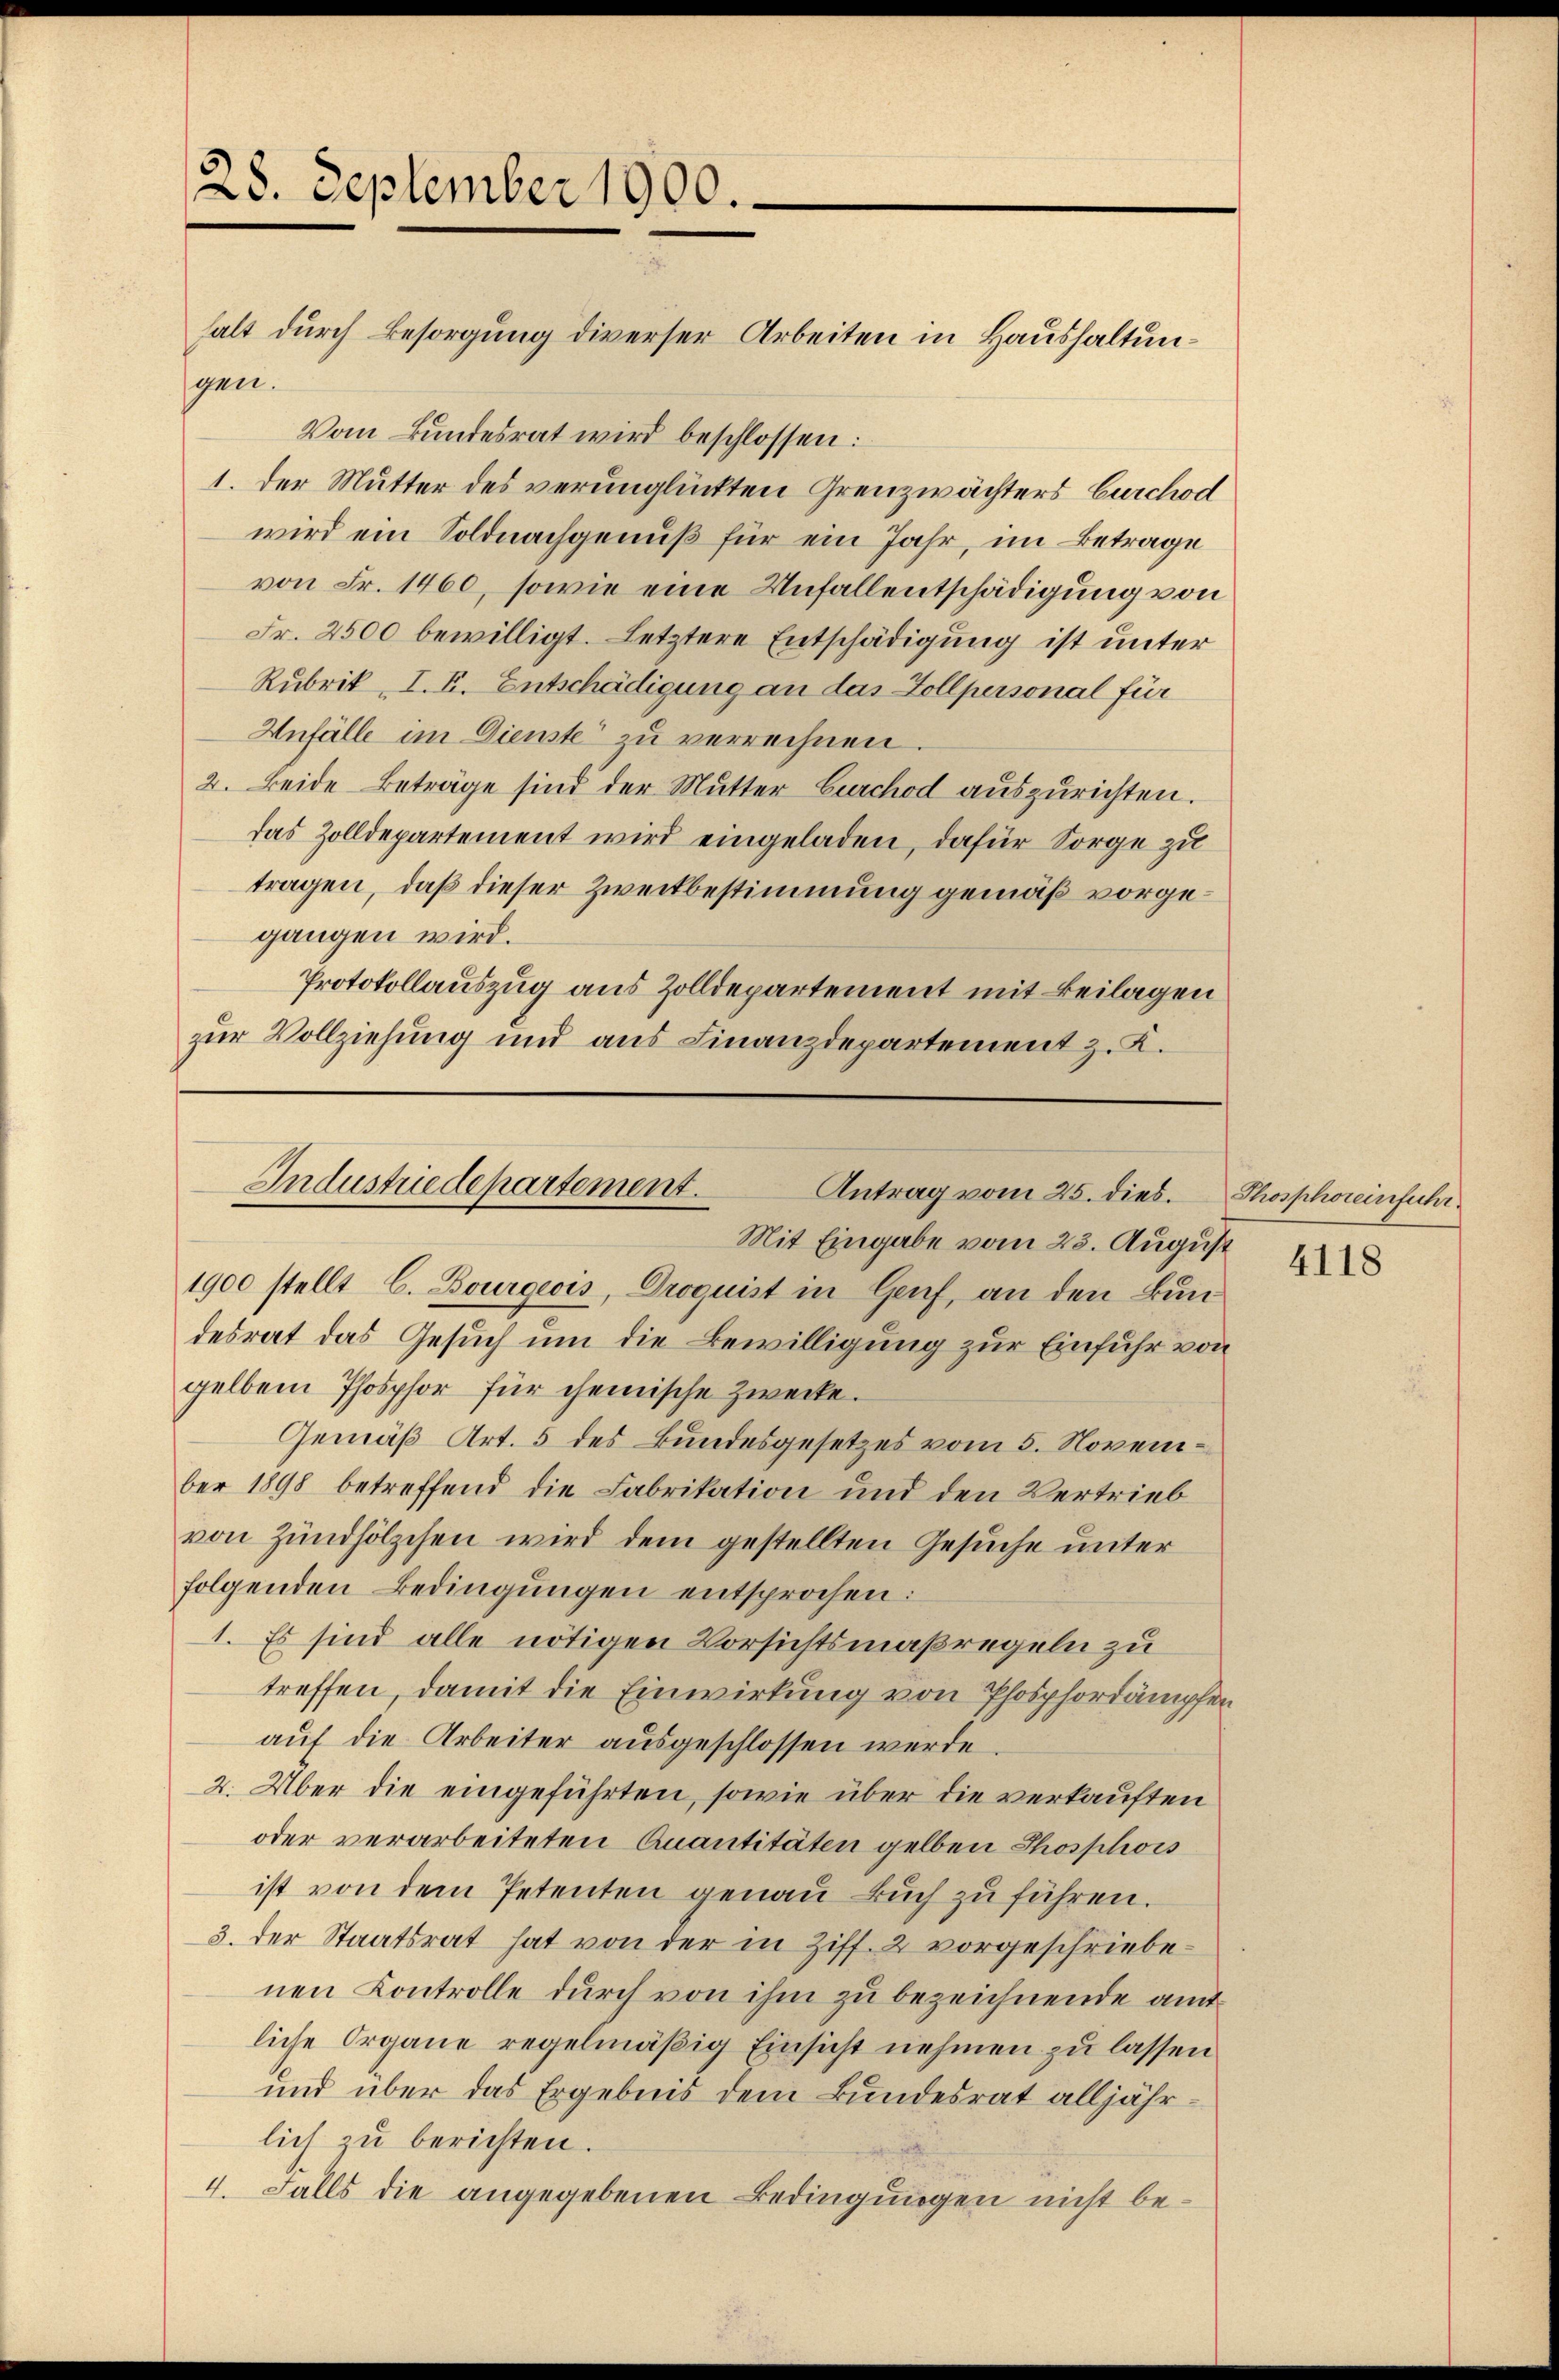
28. September 1900.

halt durch Besorgung diverser Arbeiten in Haushaltungen.
Vom Bundesrat wird beschlossen:
1. Der Mutter des verunglückten Grenzwächters Furchod
wird ein Soldnachgenuß für ein Jahr, im Betrage
von Fr. 1460, sowie eine Unfallentschädigung von
Fr. 2500 bewilligt. Letztere Entschädigung ist unter
Rubrik „I. E. Entschädigung an das Zollpersonal für
Unfälle im Dienste zu verrechnen
2. Beide Beträge sind der Mutter Curchod auszurichten.
das Zolldepartement wird eingeladen, dafür Sorge zu
tragen, daß dieser Zweckbestimmung gemäß vorgegangen wird.
Protokollauszug aus Zolldepartement mit Beilagen
zur Vollziehung und aus Finanzdepartement z. K.

Industredepartement.
Antrag vom 25. dies. Thosphoreinfuhr.
Mit Eingabe vom 23. August

1900 stellt C. Bourgeois, Droquist in Genf, an den Bundesrat das Gesuch um die Bewilligung zur Einfuhr von
gelben Phosphor für chemische Zwecke.
Gemäß Art. 5 des Bundesgesetzes vom 5. November 1898 betreffend die Fabrikation und den Vertrieb
von Zündhölzchen wird dem gestellten Gesuche unter
folgenden Bedingungen entsprochen:
1. Es sind alle nötigen Vorsichtsmaßregeln zu
treffen, damit die Einwirkung von Phosphordämpfen,
aŭf die Arbeiter ausgeschlossen werde.
2. Über die eingeführten, sowie über die verkauften
oder verarbeiteten Anantitäten gelben Thosphors
ist von dem Petenten genau Buch zu führen.
3. der Staatsrat hat von der in Ziff. 2 vorgeschriebenen Controlle durch von ihm zu bezeichnende amt
liche Organe regelmäßig Einsicht nehmen zu lassen
und über das Ergebnis dem Bundesrat alljährlich zu berichten.
4. Falls die angegebenen Bedingungen nicht be¬

4118